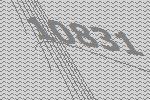
10831